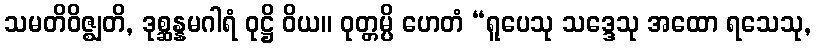
သမတိဝိဇ္ဈတိ, ဒုစ္ဆန္နမဂါရံ ဝုဋ္ဌိ ဝိယ။ ဝုတ္တမ္ပိ ဟေတံ “ရူပေသု သဒ္ဒေသု အထော ရသေသု,